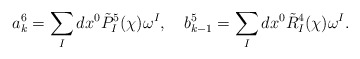
\begin{align*}a^6_k=\sum_Idx^0\tilde{P}^5_I(\chi)\omega^I,\quad b^5_{k-1}=\sum_Idx^0\tilde{R}^4_I(\chi)\omega^I.\end{align*}